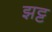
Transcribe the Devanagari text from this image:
झट्ट